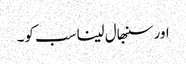
اور سنبھال لینا سب کو۔